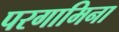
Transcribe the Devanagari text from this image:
परगामिना